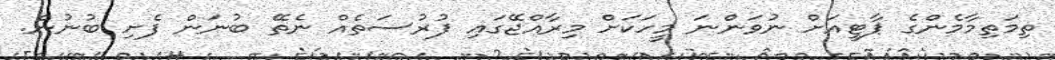
ތިމަތިމާމެންގެ ޕާޓީއަށް ނުވަންނަ މީހަކަށް މިރާއްޖޭގައި ފުރުސަތެއް ނެތޭ ބުނަން ފެށި ބުނުން.